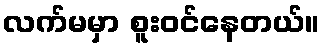
လက်မမှာ စူးဝင်နေတယ်။